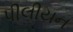
પીલીયન